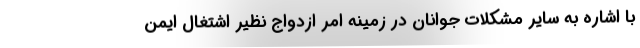
با اشاره به سایر مشکلات جوانان در زمینه امر ازدواج نظیر اشتغال ایمن